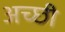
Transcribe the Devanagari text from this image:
अच्छी